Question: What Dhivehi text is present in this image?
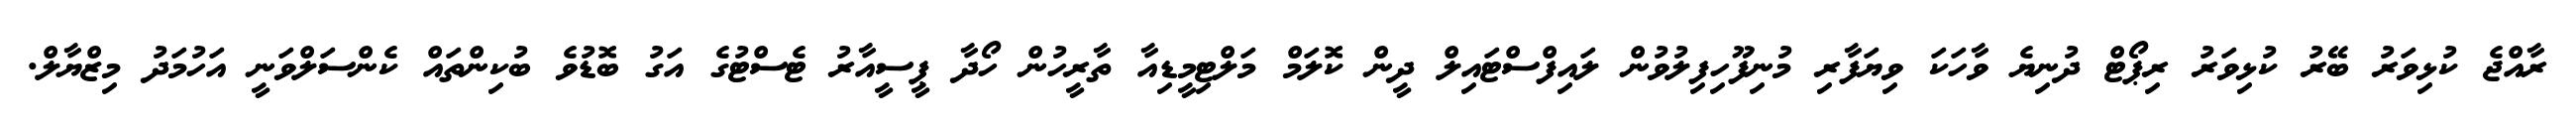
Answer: ރާއްޖެ ކުޅިވަރު ބޭރު ކުޅިވަރު ރިޕޯޓް ދުނިޔެ ވާހަކަ ވިޔަފާރި މުނިފޫހިފިލުވުން ލައިފްސްޓައިލް ދީން ކޮލަމް މަލްޓިމީޑިއާ ތާރީހުން ހޯދާ ޕީސީއާރު ޓެސްޓުގެ އަގު ބޮޑުވެ ބުކިންތައް ކެންސަލްވަނީ އަހުމަދު މިޒްޔާލް.